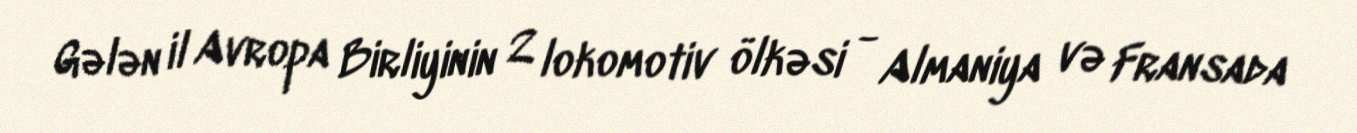
Gələn il Avropa Birliyinin 2 lokomotiv ölkəsi - Almaniya və Fransada